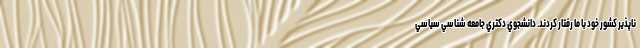
ناپذیر کشور خود با ما رفتار کردند. دانشجوي دكتري جامعه شناسي سياسي